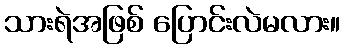
သားရဲအဖြစ် ပြောင်းလဲမလား။